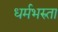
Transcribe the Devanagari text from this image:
धर्मभरुता